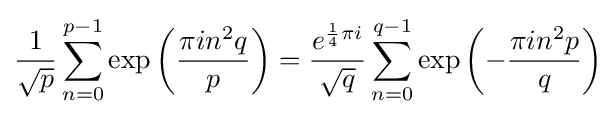
{\frac {1}{\sqrt {p}}}\sum _{n=0}^{p-1}\exp \left({\frac {\pi in^{2}q}{p}}\right)={\frac {e^{{\frac {1}{4}}\pi i}}{\sqrt {q}}}\sum _{n=0}^{q-1}\exp \left(-{\frac {\pi in^{2}p}{q}}\right)